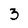
Character: 3